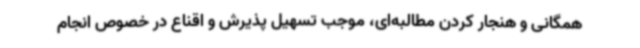
همگانی و هنجار کردن مطالبه‌ای، موجب تسهیل پذیرش و اقناع در خصوص انجام